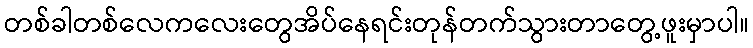
တစ်ခါတစ်လေကလေးတွေအိပ်နေရင်းတုန်တက်သွားတာတွေ့ဖူးမှာပါ။